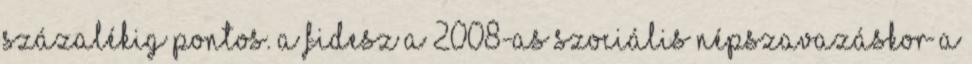
százalékig pontos. A Fidesz a 2008-as szociális népszavazáskor a